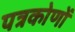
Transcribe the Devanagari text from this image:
पत्रकोणों